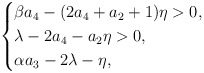
\begin{align*}\begin{cases}\beta a_4-(2a_4+a_2+1)\eta>0,\\\lambda-2a_4-a_2\eta>0,\\\alpha a_3-2\lambda-\eta,\end{cases}\end{align*}